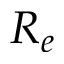
R _ { e }